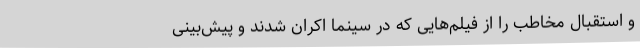
و استقبال مخاطب را از فیلم‌هایی که در سینما اکران شدند و پیش‌بینی